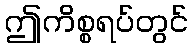
ဤကိစ္စရပ်တွင်